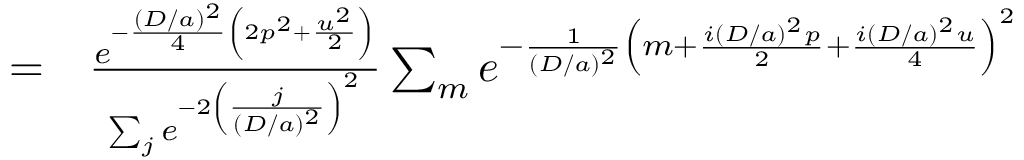
\begin{array} { r l } { = } & { { } \frac { e ^ { - \frac { ( D / a ) ^ { 2 } } { 4 } \left( 2 p ^ { 2 } + \frac { u ^ { 2 } } { 2 } \right) } } { \sum _ { j } e ^ { - 2 \left( \frac { j } { ( D / a ) ^ { 2 } } \right) ^ { 2 } } } \sum _ { m } e ^ { - \frac { 1 } { ( D / a ) ^ { 2 } } \left( m + \frac { i ( D / a ) ^ { 2 } p } { 2 } + \frac { i ( D / a ) ^ { 2 } u } { 4 } \right) ^ { 2 } } } \end{array}